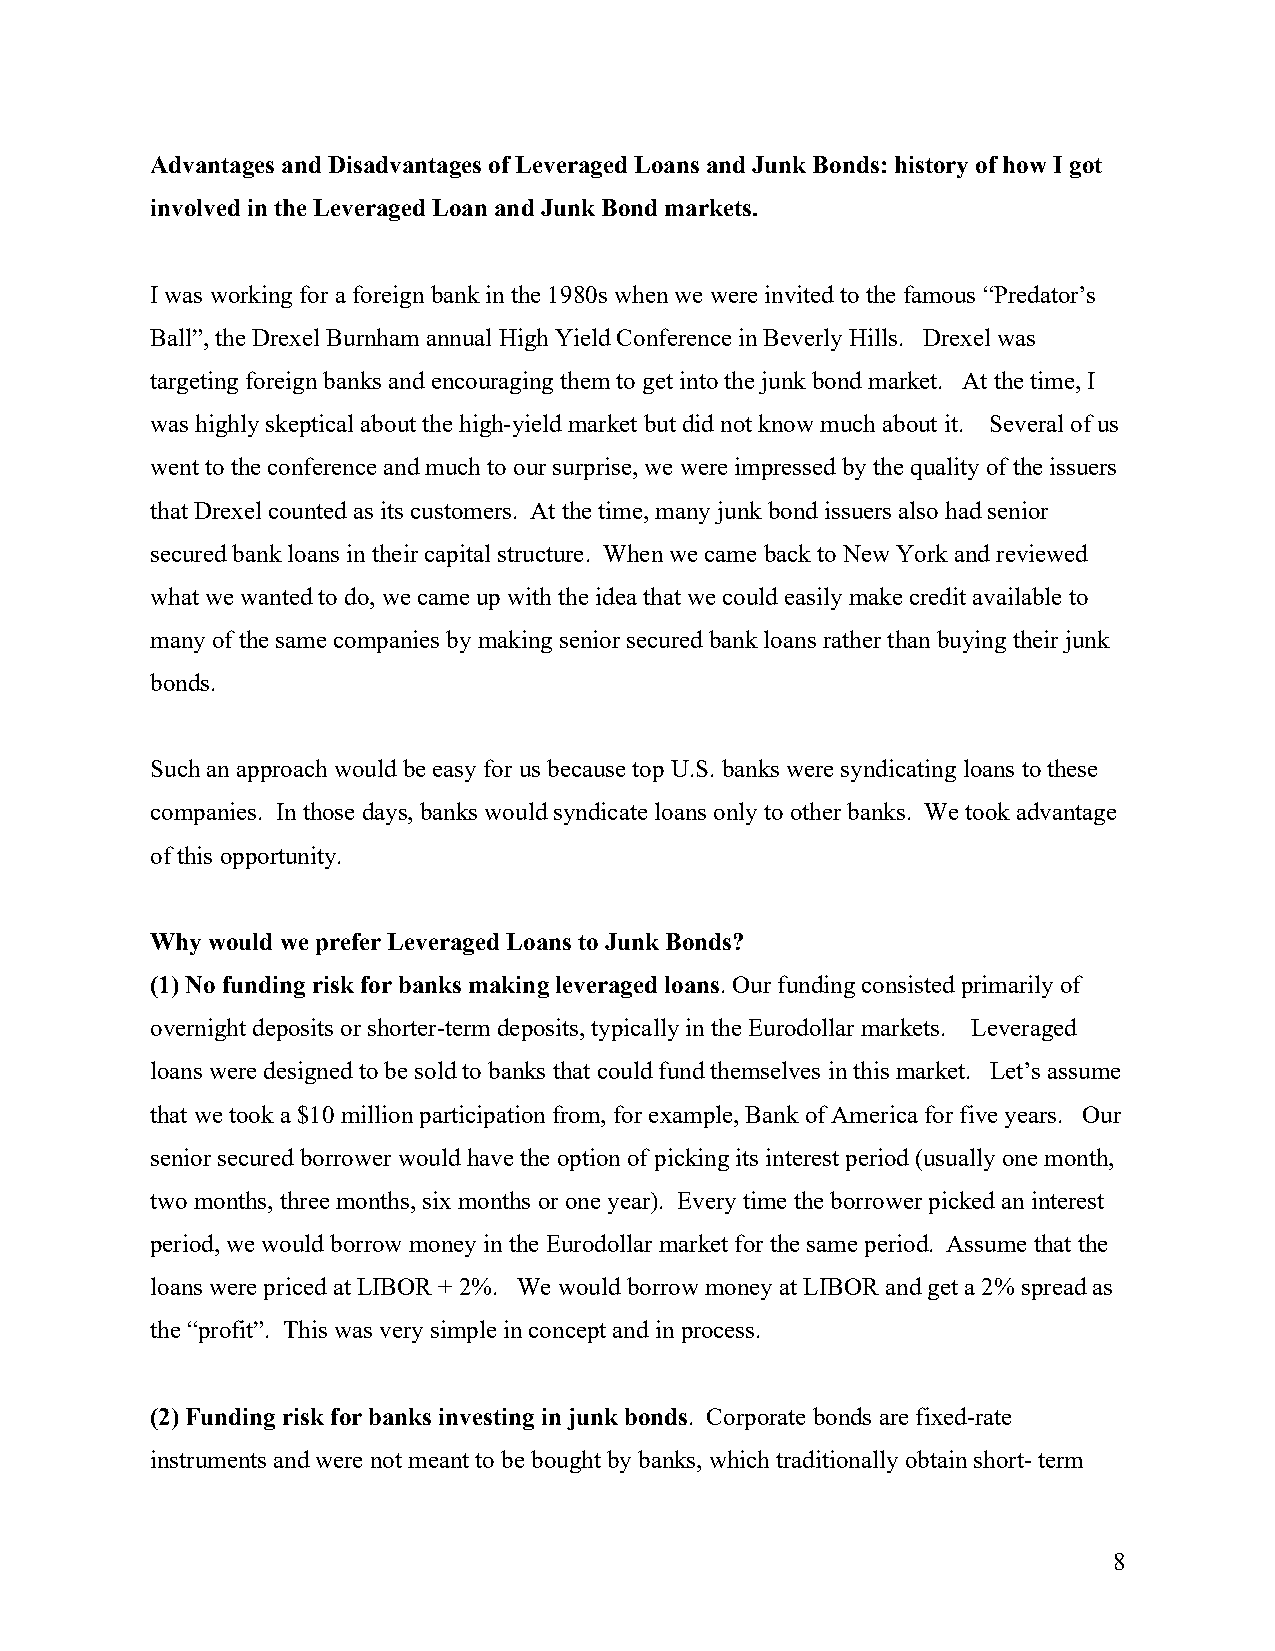
Advantages and Disadvantages of Leveraged Loans and Junk Bonds: history of how I got
 involved in the Leveraged Loan and Junk Bond markets.
 I was working for a foreign bank in the 1980s when we were invited to the famous “Predator’s
 Ball”, the Drexel Burnham annual High Yield Conference in Beverly Hills. Drexel was
 targeting foreign banks and encouraging them to get into the junk bond market. At the time, I
 was highly skeptical about the high-yield market but did not know much about it. Several of us
 went to the conference and much to our surprise, we were impressed by the quality of the issuers
 that Drexel counted as its customers. At the time, many junk bond issuers also had senior
 secured bank loans in their capital structure. When we came back to New York and reviewed
 what we wanted to do, we came up with the idea that we could easily make credit available to
 many of the same companies by making senior secured bank loans rather than buying their junk
 bonds.
 Such an approach would be easy for us because top U.S. banks were syndicating loans to these
 companies. In those days, banks would syndicate loans only to other banks. We took advantage
 of this opportunity.
 Why would we prefer Leveraged Loans to Junk Bonds?
 (1) No funding risk for banks making leveraged loans. Our funding consisted primarily of
 overnight deposits or shorter-term deposits, typically in the Eurodollar markets. Leveraged
 loans were designed to be sold to banks that could fund themselves in this market. Let’s assume
 that we took a $10 million participation from, for example, Bank of America for five years. Our
 senior secured borrower would have the option of picking its interest period (usually one month,
 two months, three months, six months or one year). Every time the borrower picked an interest
 period, we would borrow money in the Eurodollar market for the same period. Assume that the
 loans were priced at LIBOR + 2%. We would borrow money at LIBOR and get a 2% spread as
 the “profit”. This was very simple in concept and in process.
 (2) Funding risk for banks investing in junk bonds. Corporate bonds are fixed-rate
 instruments and were not meant to be bought by banks, which traditionally obtain short- term
 8